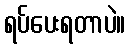
ရပ်ပေးရတာပဲ။